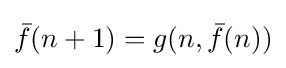
{\bar {f}}(n+1)=g(n,{\bar {f}}(n))